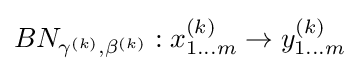
BN_{\gamma ^{(k)},\beta ^{(k)}}:x_{1...m}^{(k)}\rightarrow y_{1...m}^{(k)}